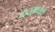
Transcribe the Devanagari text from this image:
आतमध्येही